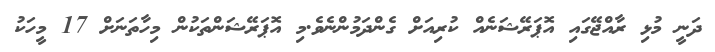
ދަނީ މުޅި ރާއްޖޭގައި އޮޕަރޭޝަނެއް ކުރިއަށް ގެންދަމުންނެވެ.މި އޮޕަރޭޝަންތަކުން މިހާތަނަށް 17 މީހަކު